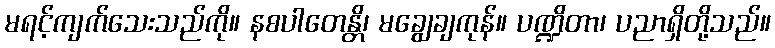
မရင့်ကျက်သေးသည်ကို။ နစပါတေန္တိ၊ မချွေချကုန်။ ပဏ္ဍိတာ၊ ပညာရှိတို့သည်။